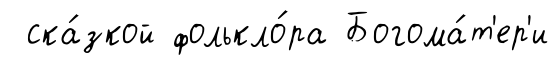
ска́зкой фолькло́ра Богома́т'ер'и